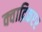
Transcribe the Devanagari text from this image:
क्वाद्रिकप्टर